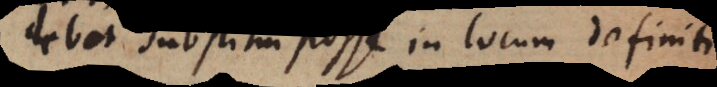
debet substitui posse in locum definiti: